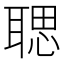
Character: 𦖻